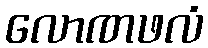
လောဏဖလံ